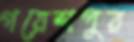
গয়েশপুর